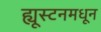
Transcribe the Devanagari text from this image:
ह्यूस्टनमधून